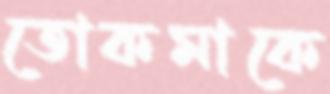
তোকমাকে